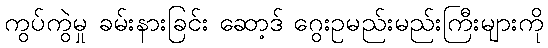
ကွပ်ကွဲမှု ခမ်းနားခြင်း ဆော့ဒ် ဂွေးဥမည်းမည်းကြီးများကို